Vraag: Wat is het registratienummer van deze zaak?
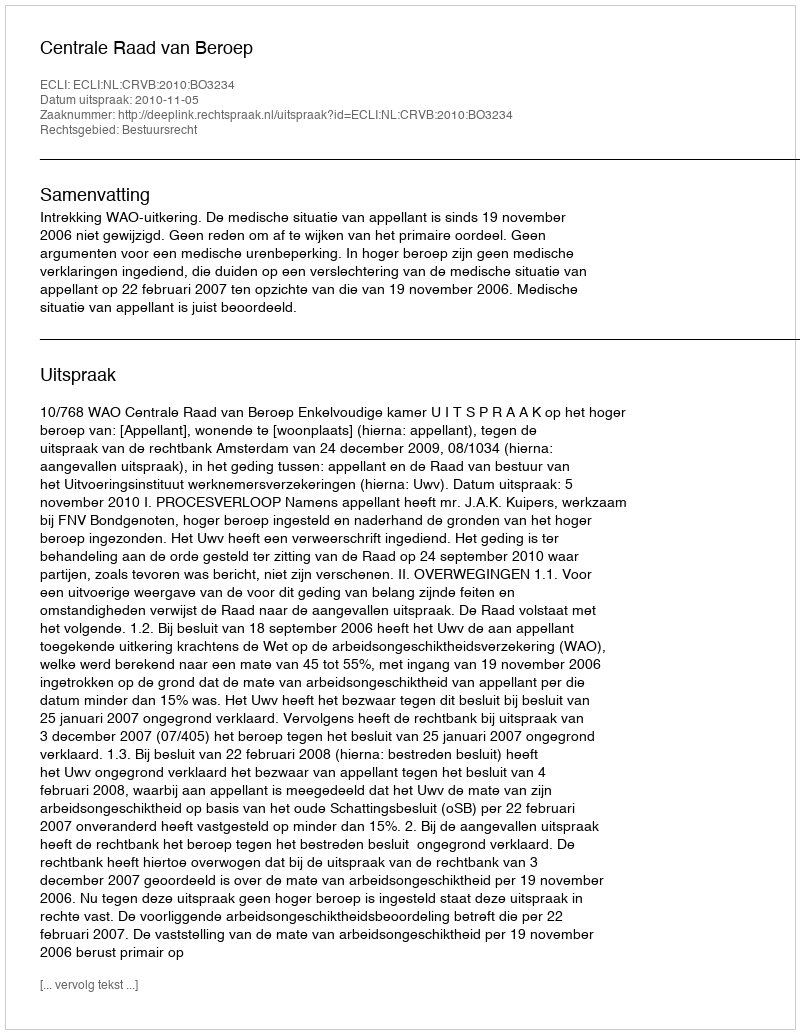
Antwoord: http://deeplink.rechtspraak.nl/uitspraak?id=ECLI:NL:CRVB:2010:BO3234